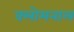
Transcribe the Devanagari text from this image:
क्लोमनाल